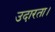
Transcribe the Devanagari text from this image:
उदारता।